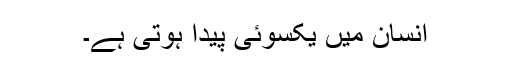
انسان میں یکسوئی پیدا ہوتی ہے۔